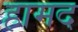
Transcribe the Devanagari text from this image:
हामद